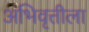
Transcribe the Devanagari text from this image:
अभिवृत्तीला